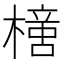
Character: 𣚍